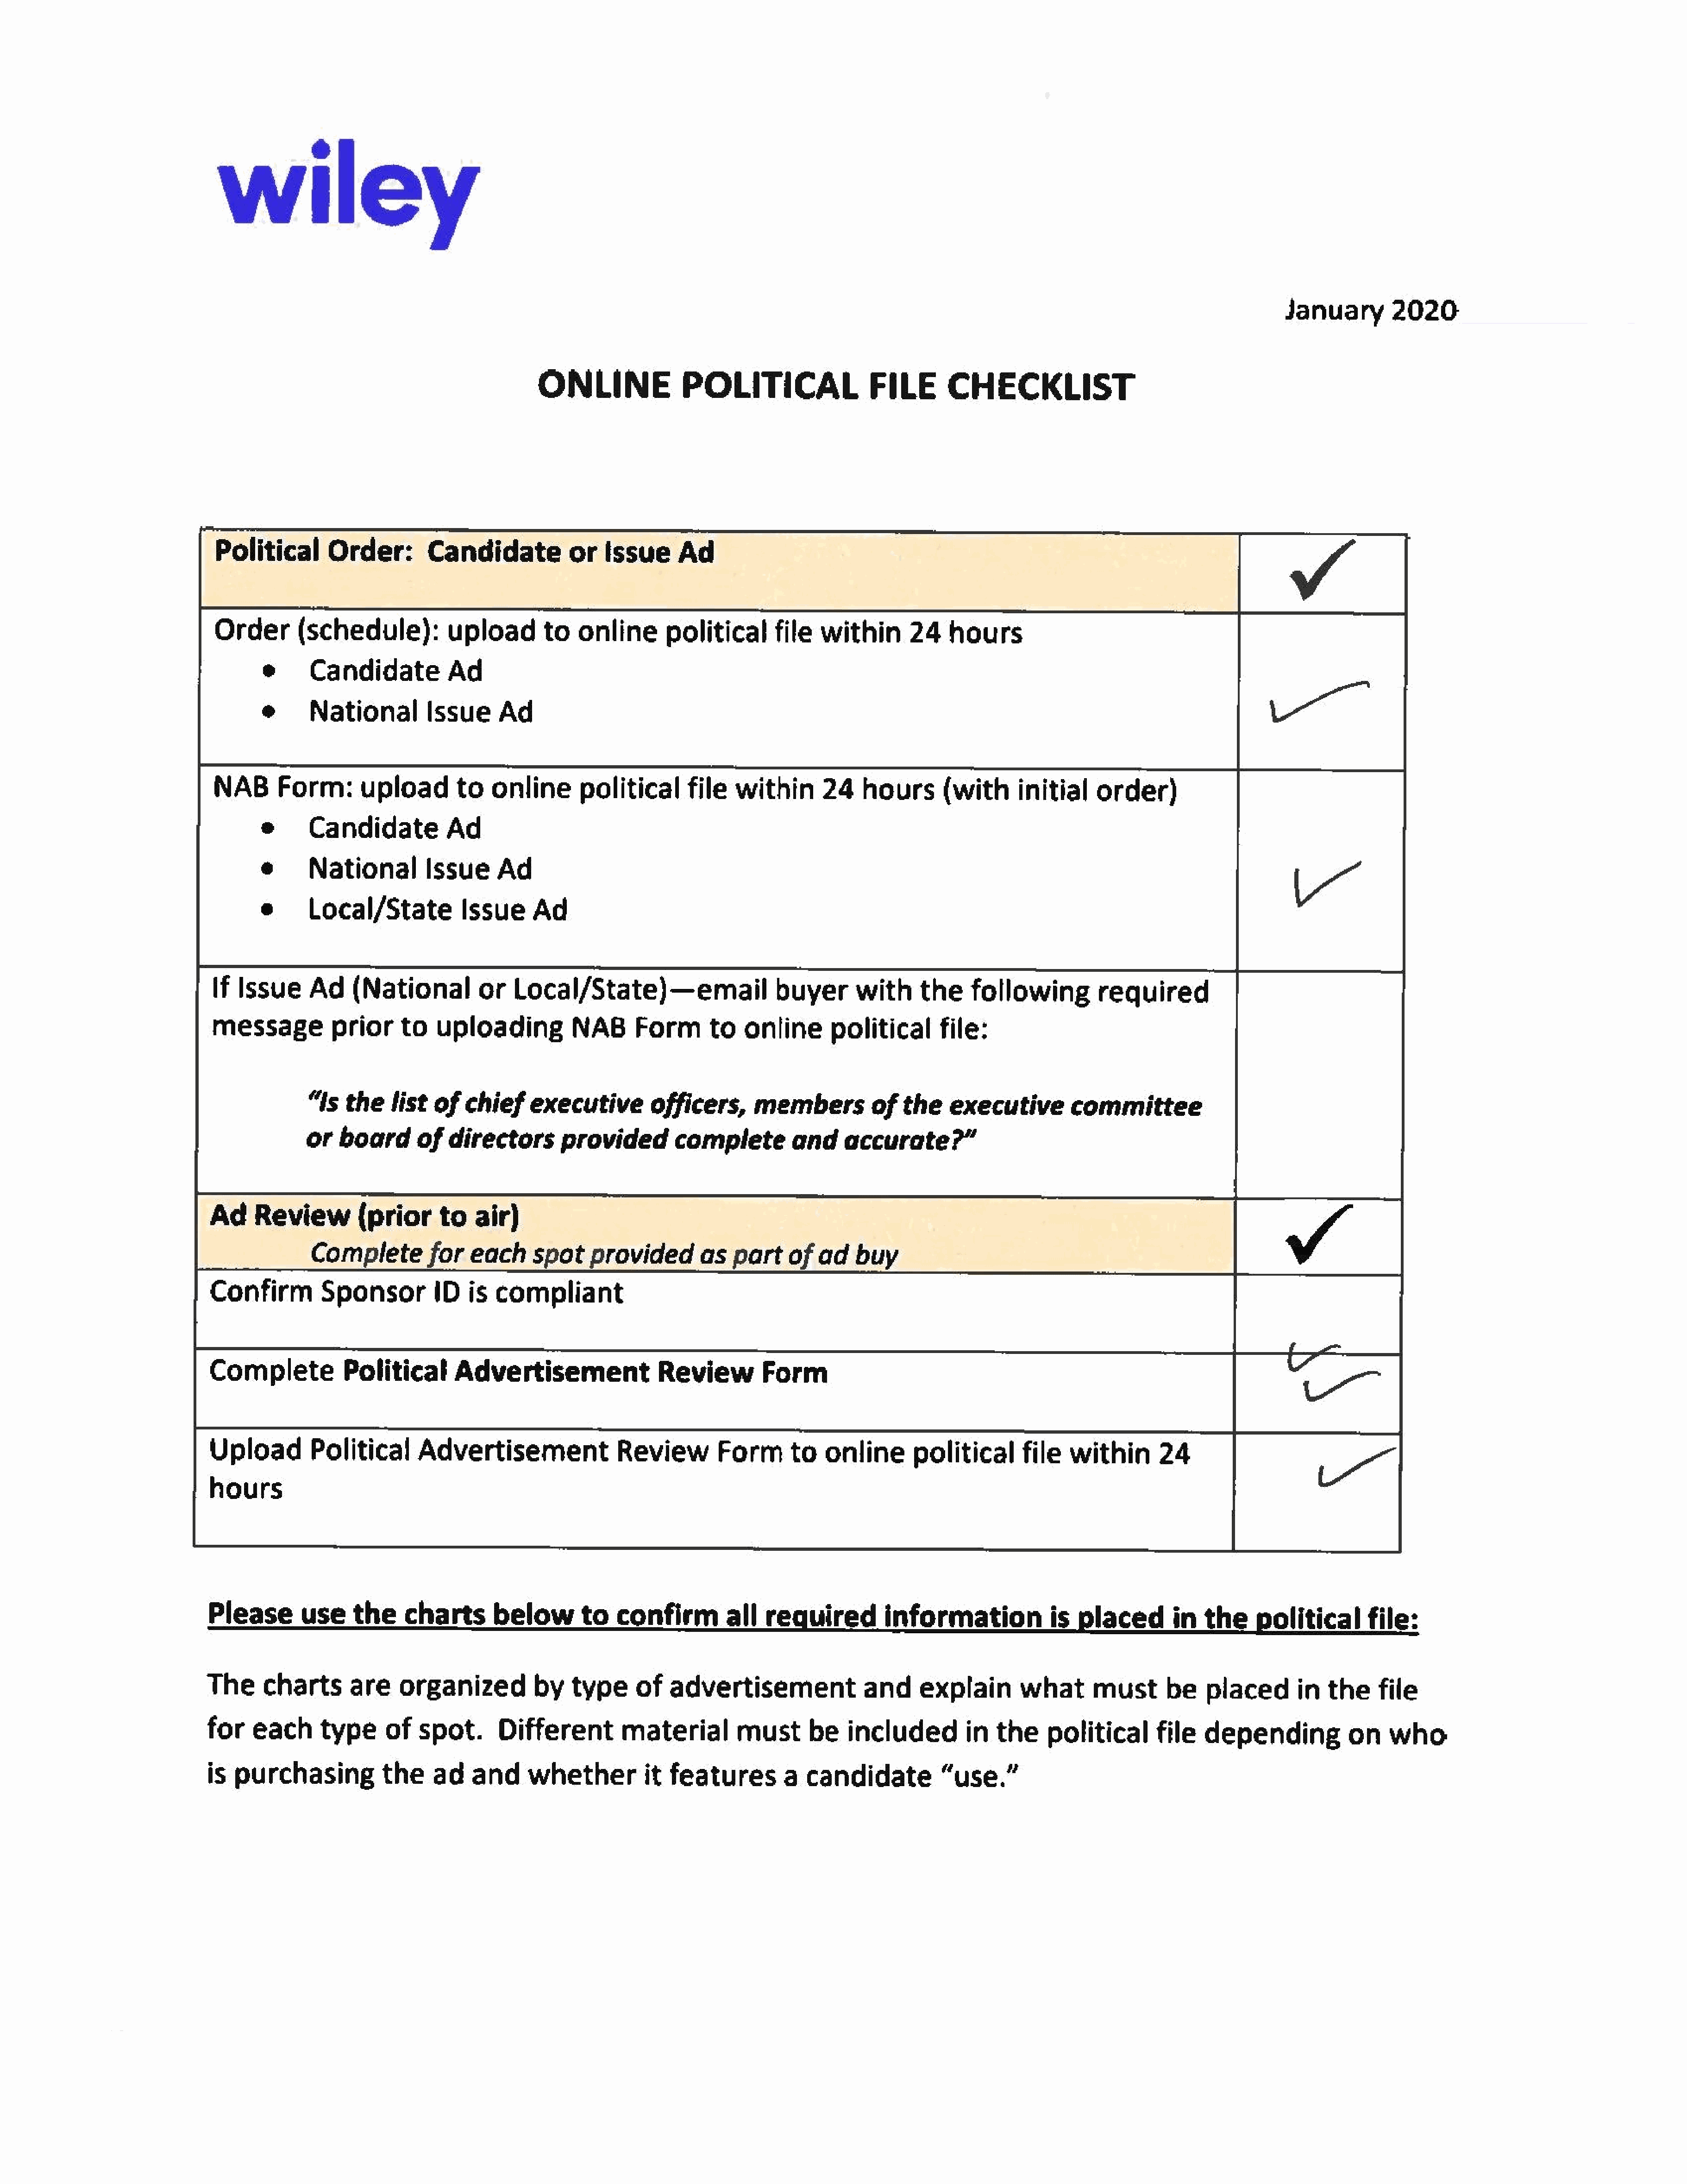
wiley
 January        2020
 ONLINE               POLITICALFILE                        CHECKLIST
 Political       Order:        Candidate           or    Issue     Ad                                                                                     Y
 Order(schedule):                 uploadto           onlinepolitical           file    within       24    hours
 e     Candidate           Ad
 @      National         Issue     Ad
 NAB      Form:       uploadto          onlinepolitical             file   within       24   hours       (with      initial    order)
 e      Candidate           Ad
 e      National         Issue     Ad
 e      Local/State           Issue     Ad
 If Issue     Ad     (National         or   Local/State)—email                   buyer      with      the    following         required
 messageprior               to    uploading          NAB      Form      to   online       politicalfile:
 “ls   thelist     of   chief    executive        officers,      members          of  the    executive        committee
 or   boardof        directors       provided        complete         and     accurate?”
 we
 Ad    Review(priorto                  air)
 Complete        for   each     spot    providedas           part    of  ad   buy
 Confirm         Sponsor       ID     is  compliant
 Complete           Political       Advertisement                Review         Form
 Upload         Political      Advertisement               Review         Form      to   onlinepolitical             file   within       24
 hours
 Please       use     the    charts       below       to   confirm         all   required         information            is     placed     in  the       political   file:
 The     charts      are    organized          by    type     of   advertisement               and     explain       what      must       beplacedin             thefile
 for   each      typeof        spot.      Different         material        must       be   includedin           thepolitical         file     depending            on    who-
 is  purchasing           the    ad    and    whetherit            features        a  candidate           “use.”
 \